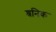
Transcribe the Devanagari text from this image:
श्रनिक